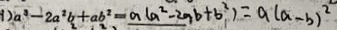
9 ) a ^ { 2 } - 2 a ^ { 2 } b + a b ^ { 2 } = a ( a ^ { 2 } - 2 a b + b ^ { 2 } ) = a ( a - b ) ^ { 2 }